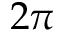
2 \pi